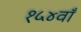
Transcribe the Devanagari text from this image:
१५४वाँ